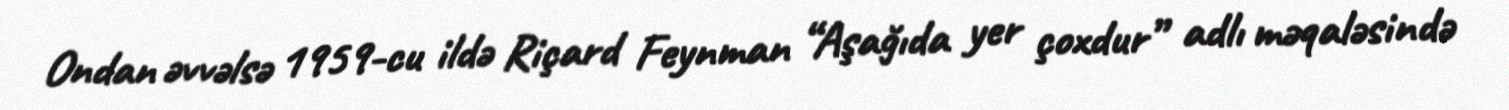
Ondan əvvəlsə 1959-cu ildə Riçard Feynman “Aşağıda yer çoxdur” adlı məqaləsində